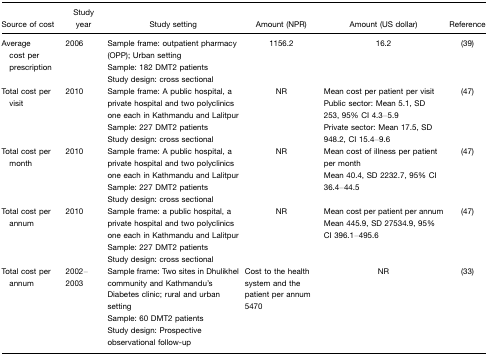
| Source of cost | Study year | Study setting | Amount (NPR) | Amount (US dollar) | Reference |
 | --- | --- | --- | --- | --- | --- |
 | Average cost per prescription | 2006 | Sample frame: outpatient pharmacy (OPP); Urban settingSample: 182 DMT2 patientsStudy design: cross sectional | 1156.2 | 16.2 | (39) |
 | Total cost per visit | 2010 | Sample frame: A public hospital, a private hospital and two polyclinics one each in Kathmandu and LalitpurSample: 227 DMT2 patientsStudy design: cross sectional | NR | Mean cost per patient per visitPublic sector: Mean 5.1, SD253, 95% CI 4.3–5.9Private sector: Mean 17.5, SD948.2, CI 15.4–9.6 | (47) |
 | Total cost per month | 2010 | Sample frame: A public hospital, a private hospital and two polyclinics one each in Kathmandu and LalitpurSample: 227 DMT2 patientsStudy design: cross sectional | NR | Mean cost of illness per patient per monthMean 40.4, SD 2232.7, 95% CI 36.4–44.5 | (47) |
 | Total cost per annum | 2010 | Sample frame: a public hospital, a private hospital and two polyclinics one each in Kathmandu and LalitpurSample: 227 DMT2 patientsStudy design: cross sectional | NR | Mean cost per patient per annumMean 445.9, SD 27534.9, 95%CI 396.1–495.6 | (47) |
 | Total cost per annum | 2002–2003 | Sample frame: Two sites in Dhulikhel community and Kathmandu's Diabetes clinic; rural and urban settingSample: 60 DMT2 patientsStudy design: Prospective observational follow-up | Cost to the health system and the patient per annum 5470 | NR | (33) |